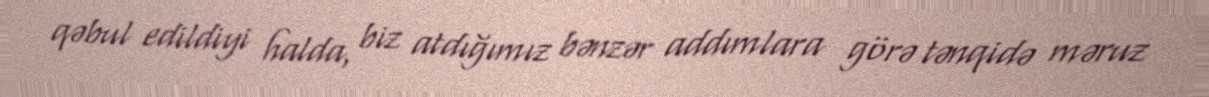
qəbul edildiyi halda, biz atdığımız bənzər addımlara görə tənqidə məruz